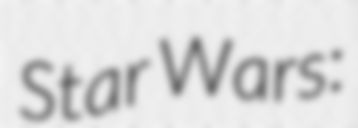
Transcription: Star Wars: